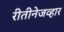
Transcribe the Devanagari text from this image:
रीतीनेजव्हार